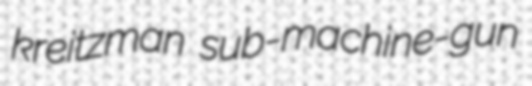
kreitzman sub-machine-gun